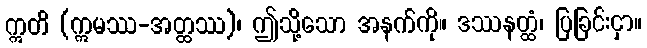
ဣတိ (ဣမဿ-အတ္ထဿ)၊ ဤသို့သော အနက်ကို။ ဒဿနတ္ထံ၊ ပြခြင်းငှာ။